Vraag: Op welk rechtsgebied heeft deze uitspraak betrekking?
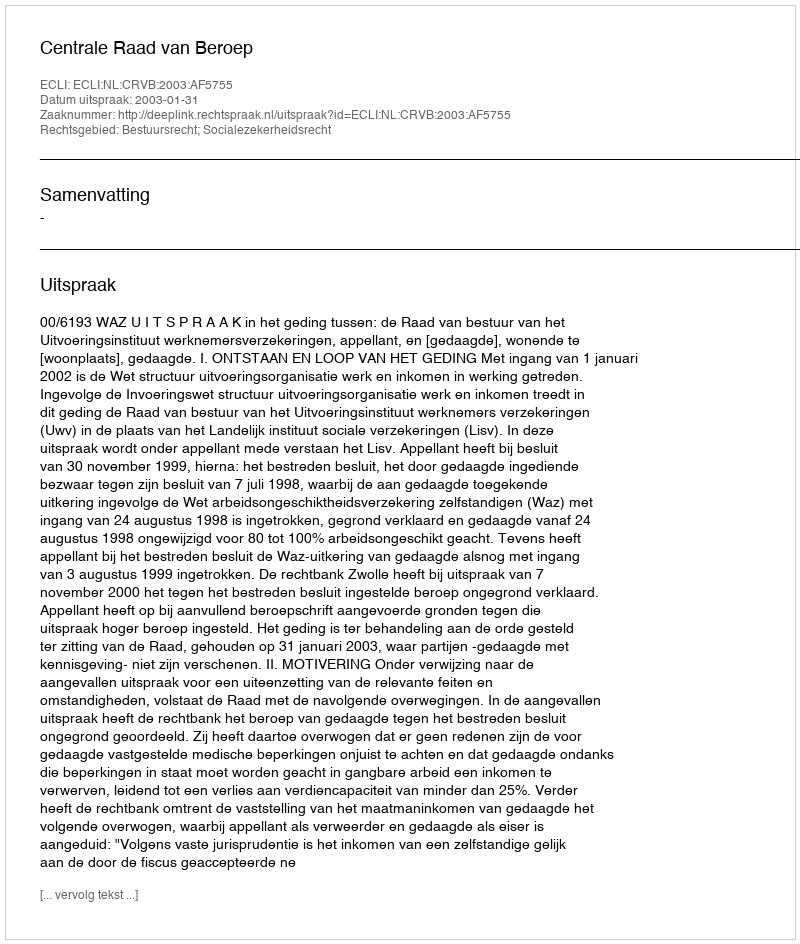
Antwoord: Bestuursrecht; Socialezekerheidsrecht